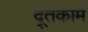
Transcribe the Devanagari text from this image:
दूतकार्म